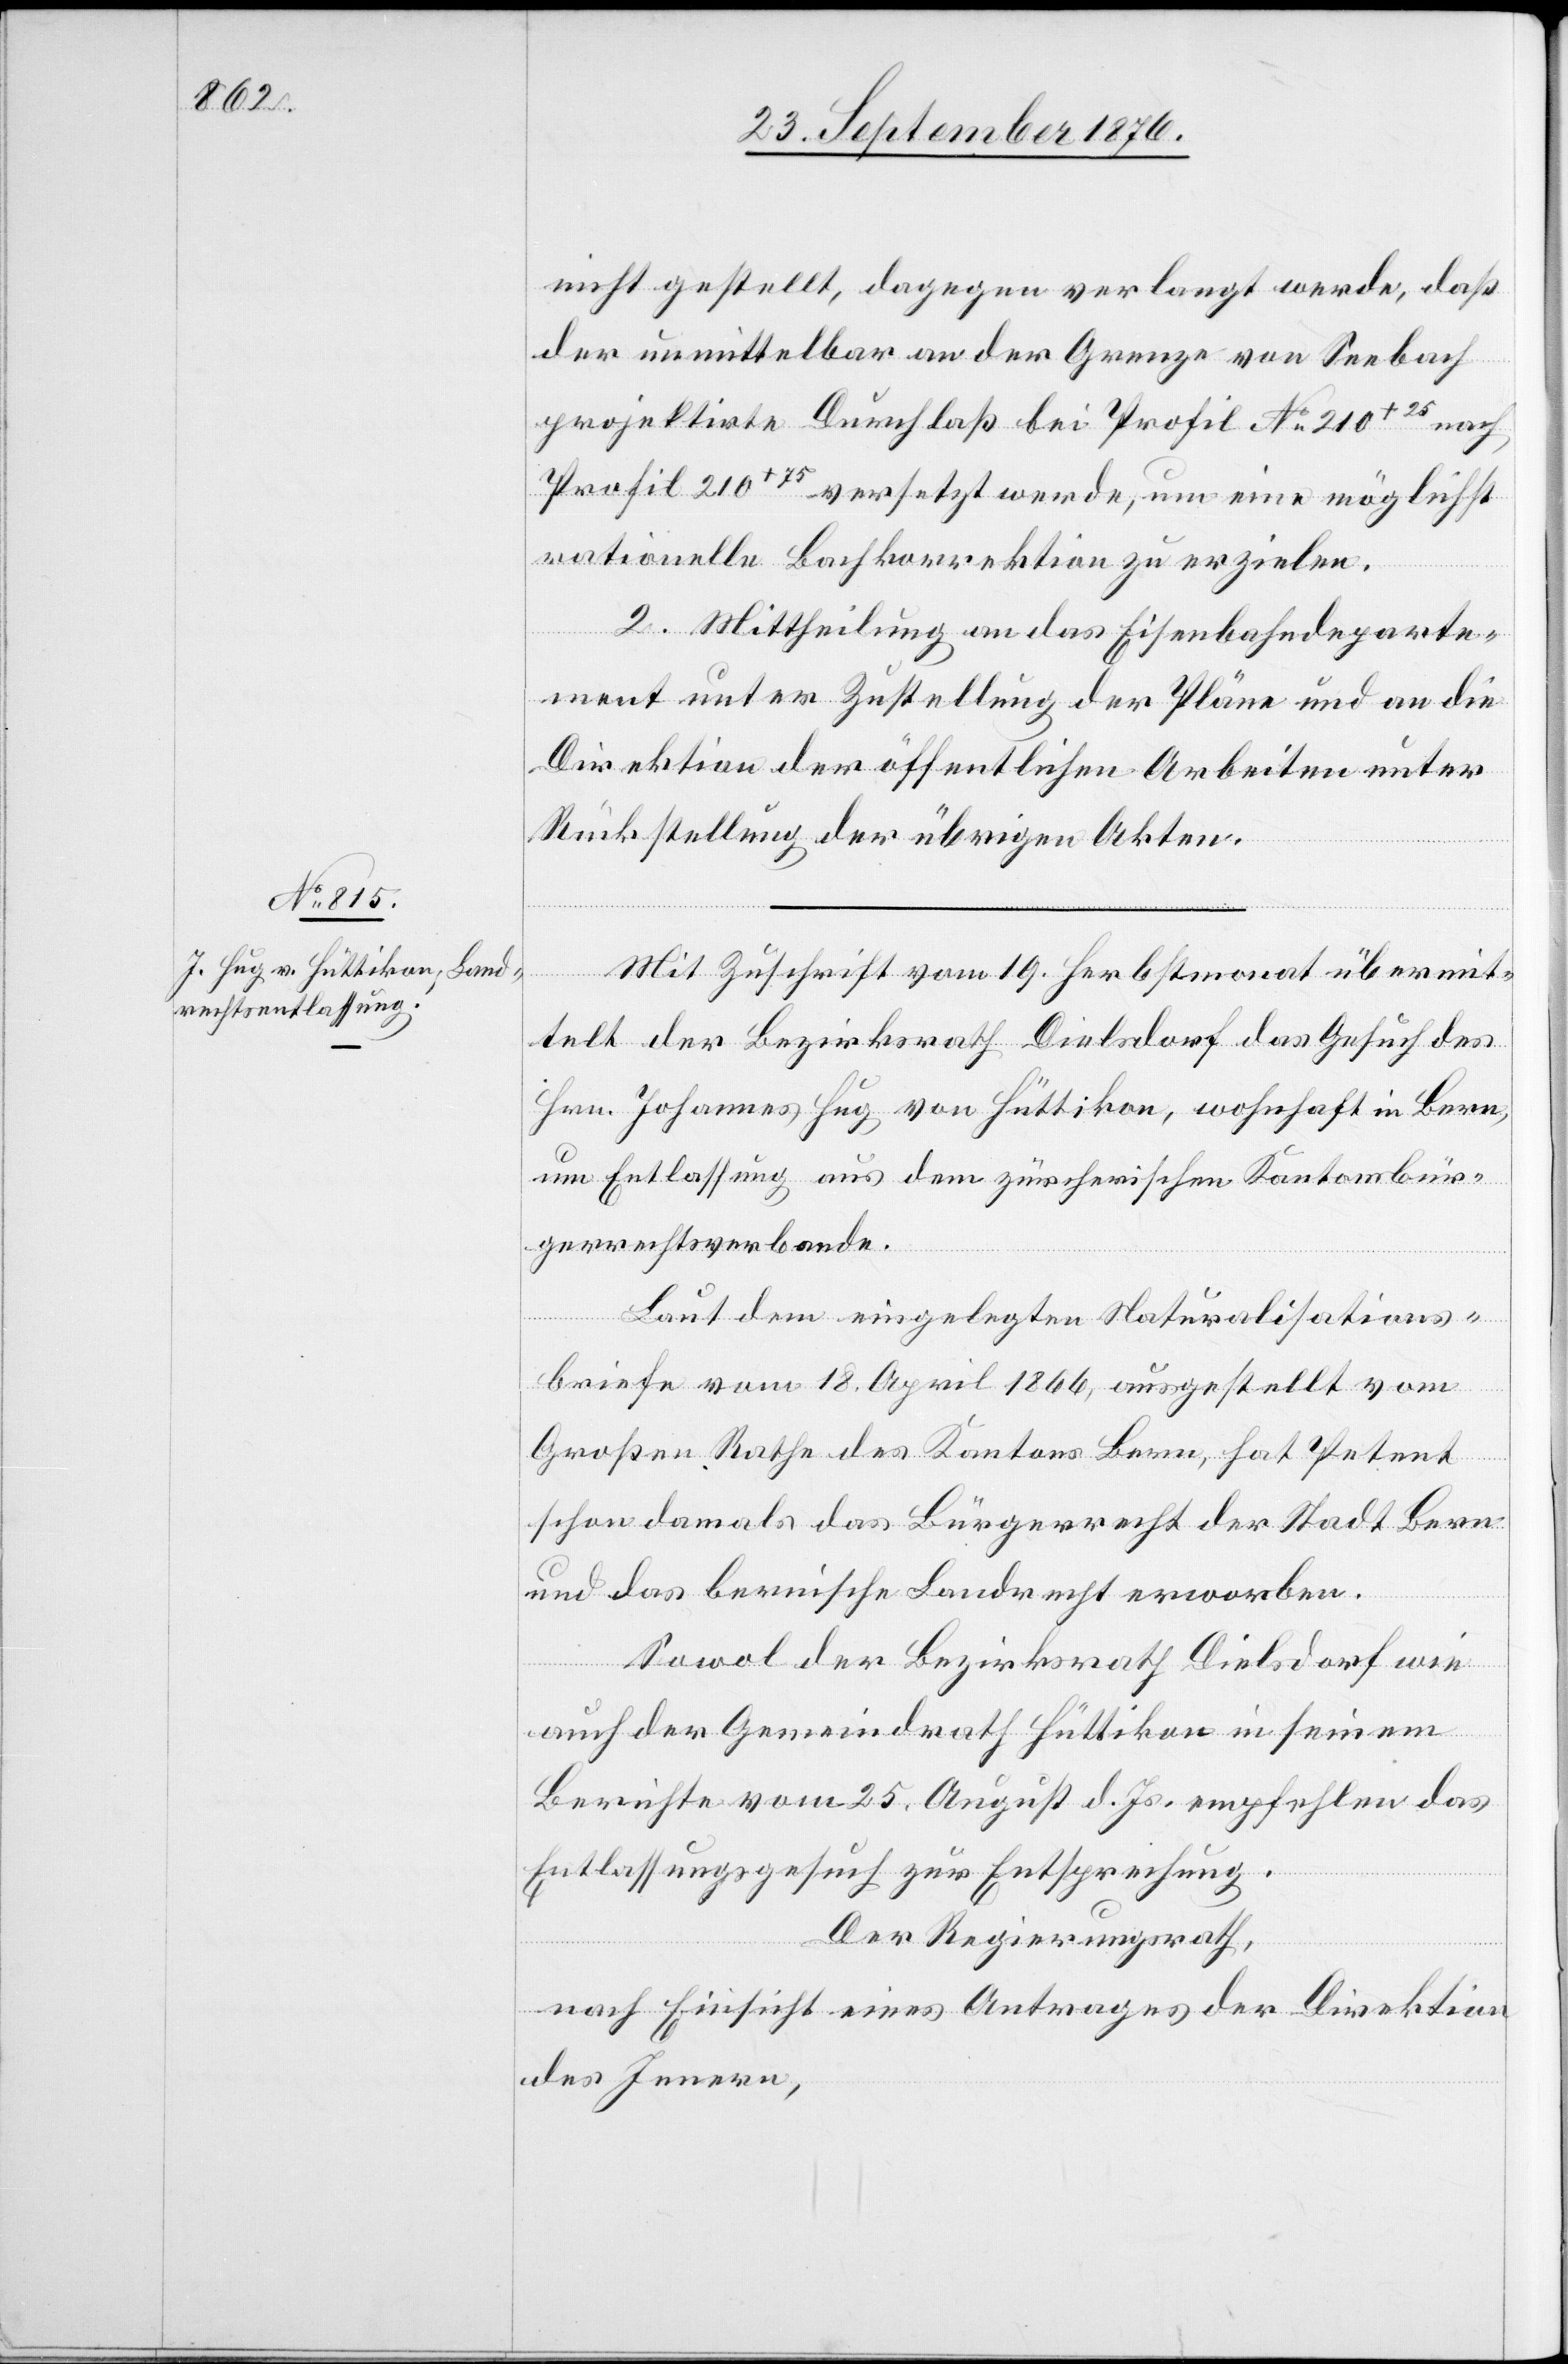
nicht gestellt, dagegen verlangt werde, daß
der unmittelbar an der Grenze von Seebach
projektirte Durchlaß bei Profil No 210+25 nach
Profil 210+75 versetzt werde, um eine möglichst
rationelle Bachkorrektion zu erzielen.
2. Mittheilung an das Eisenbahndeparte¬
ment unter Zustellung der Pläne und an die
Direktion der öffentlichen Arbeiten unter
Rückstellung der übrigen Akten.
Mit Zuschrift vom 19. Herbstmonat übermit¬
telt der Bezirksrath Dielsdorf das Gesuch des
Hrn. Johannes Hug von Hüttikon, wohnhaft in Bern,
um Entlassung aus dem zürcherischen Kantonsbür¬
gerrechtsverbande.
Laut dem eingelegten Naturalisations¬
briefe vom 18. April 1866, ausgestellt vom
Großen Rathe des Kantons Bern, hat Petent
schon damals das Bürgerrecht der Stadt Bern
und das bernische Landrecht erworben.
Sowol der Bezirksrath Dielsdorf wie
auch der Gemeindrath Hüttikon in seinem
Berichte vom 25. August d. Js. empfehlen das
Entlassungsgesuch zur Entsprechung.
Der Regierungsrath,
nach Einsicht eines Antrages der Direktion
des Innern,